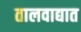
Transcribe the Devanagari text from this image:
तालवाद्यात